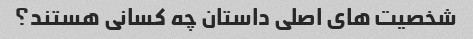
شخصیت های اصلی داستان چه کسانی هستند؟